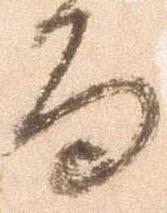
而